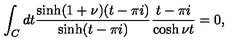
\int _ { C } d t \frac { \sinh ( 1 + \nu ) ( t - \pi i ) } { \sinh ( t - \pi i ) } \frac { t - \pi i } { \cosh \nu t } = 0 ,